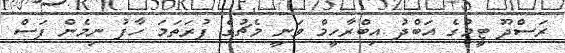
ރަސްދޫ ޓީމުގެ އަބްދު އިބްރާހީމް ވަނީ މެޗުގެ ފުރަތަމަ ހާފު ނިމެން ފަސް